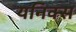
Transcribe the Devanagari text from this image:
यनिक्स